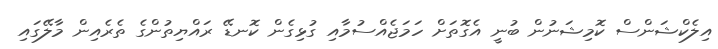
އިލެކްޝަންސް ކޮމިޝަނުން ބުނީ އެގޮތަށް ހަމަޖެއްސުމާއި ގުޅިގެން ކޮނޑޭ ރައްޔިތުންގެ ތެރެއިން މާލޭގައި